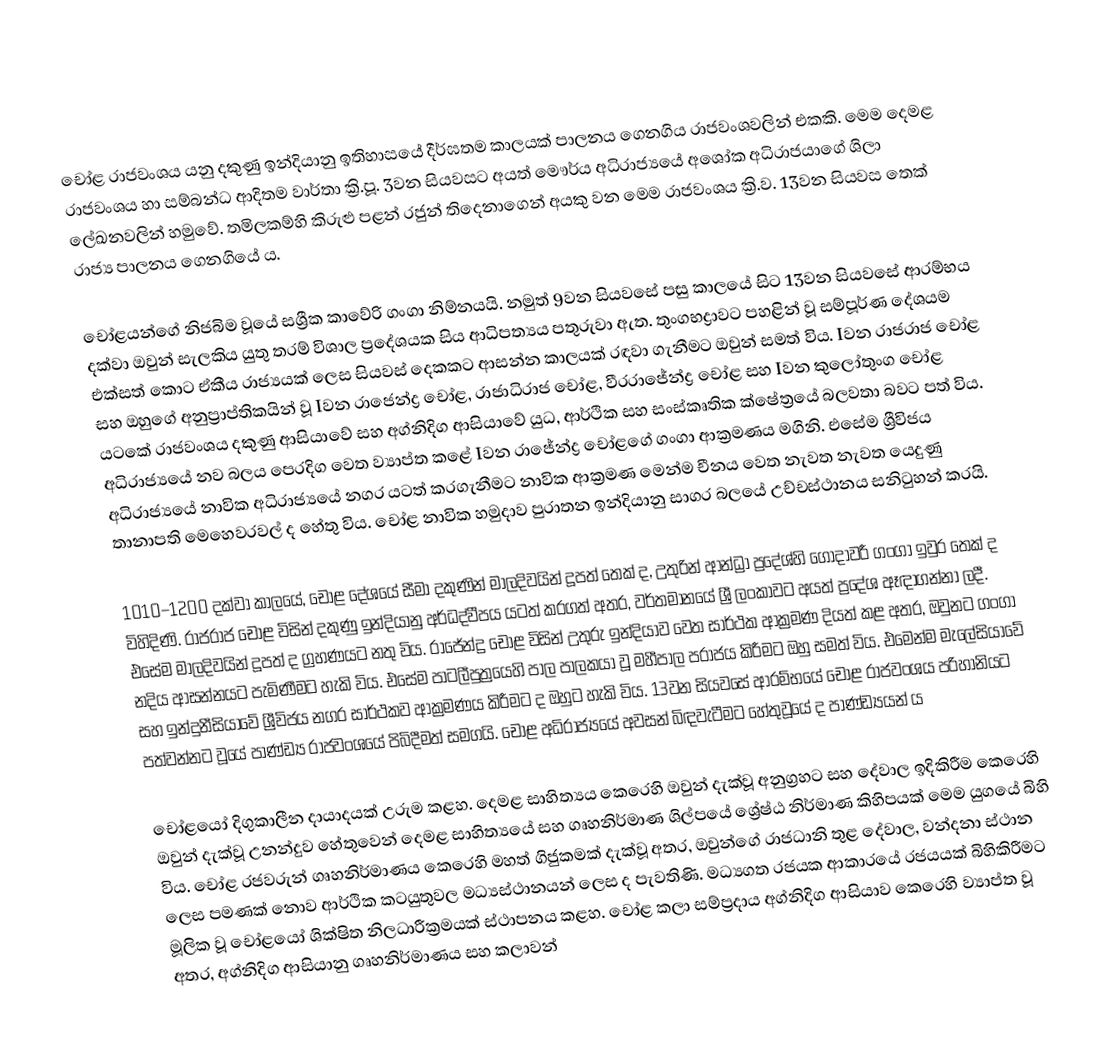
චෝළ රාජවංශය යනු දකුණු ඉන්දියානු ඉතිහාසයේ දීර්ඝතම කාලයක් පාලනය ගෙනගිය රාජවංශවලින් එකකි. මෙම දෙමළ රාජවංශය හා සම්බන්ධ ආදිතම වාර්තා ක්‍රි.පූ. 3වන සියවසට අයත් මෞර්ය අධිරාජ්‍යයේ අශෝක අධිරාජයාගේ ශිලා ලේඛනවලින් හමුවේ. තමිලකම්හි කිරුළු පළන් රජුන් තිදෙනාගෙන් අයකු වන මෙම රාජවංශය ක්‍රි.ව. 13වන සියවස තෙක් රාජ්‍ය පාලනය ගෙනගියේ ය.

චෝළයන්ගේ නිජබිම වූයේ සශ්‍රීක කාවේරි ගංගා නිම්නයයි. නමුත් 9වන සියවසේ පසු කාලයේ සිට 13වන සියවසේ ආරම්භය දක්වා ඔවුන් සැලකිය යුතු තරම් විශාල ප්‍රදේශයක සිය ආධිපත්‍යය පතුරුවා ඇත. තුංගභද්‍රාවට පහළින් වූ සම්පූර්ණ දේශයම එක්සත් කොට ඒකීය රාජ්‍යයක් ලෙස සියවස් දෙකකට ආසන්න කාලයක් රඳවා ගැනීමට ඔවුන් සමත් විය. Iවන රාජරාජ චෝළ සහ ඔහුගේ අනුප්‍රාප්තිකයින් වූ Iවන රාජෙන්ද්‍ර චෝළ, රාජාධිරාජ චෝළ, වීරරාජේන්ද්‍ර චෝළ සහ Iවන කුලෝතුංග චෝළ යටකේ රාජවංශය දකුණු ආසියාවේ සහ අග්නිදිග ආසියාවේ යුධ, ආර්ථික සහ සංස්කෘතික ක්ෂේත්‍රයේ බලවතා බවට පත් විය. අධිරාජ්‍යයේ නව බලය පෙරදිග වෙත ව්‍යාප්ත කළේ Iවන රාජේන්ද්‍ර චෝළගේ ගංගා ආක්‍රමණය මගිනි. එසේම ශ්‍රීවිජය අධිරාජ්‍යයේ නාවික අධිරාජ්‍යයේ නගර යටත් කරගැනීමට නාවික ආක්‍රමණ මෙන්ම චීනය වෙත නැවත නැවත යෙදුණු තානාපති මෙහෙවරවල් ද හේතු විය. චෝළ නාවික හමුදාව පුරාතන ඉන්දියානු සාගර බලයේ උච්චස්ථානය සනිටුහන් කරයි.

1010–1200 දක්වා කාලයේ, චෝළ දේශයේ සීමා දකුණින් මාලදිවයින් දූපත් තෙක් ද, උතුරින් ආන්ධ්‍රා ප්‍රදේශ්හි ගෝදාවරී ගංගා ඉවුර තෙක් ද විහිදිණි. රාජරාජ චෝළ විසින් දකුණු ඉන්දියානු අර්ධද්වීපය යටත් කරගත් අතර, වර්තමානයේ ශ්‍රී ලංකාවට අයත් ප්‍රදේශ ඈඳාගන්නා ලදී. එසේම මාලදිවයින් දූපත් ද ග්‍රහණයට නතු විය. රාජේන්ද්‍ර චෝළ විසින් උතුරු ඉන්දියාව වෙත සාර්ථක ආක්‍රමණ දියත් කළ අතර,  ඔවුනට ගංගා නදිය ආසන්නයට පැමිණීමට හැකි විය. එසේම පාටලීපුත්‍රයෙහි පාල පාලකයා වූ මහීපාල පරාජය කිරීමට ඔහු සමත් විය. එමෙන්ම මැලේසියාවේ සහ ඉන්දුනීසියාවේ ශ්‍රීවිජය නගර සාර්ථකව ආක්‍රමණය කිරීමට ද ඔහුට හැකි විය. 13වන සියවසේ ආරම්භයේ චෝළ රාජවංශය පරිහානියට පත්වන්නට වූයේ පාණ්ඩ්‍ය රාජවංශයේ පිබිදීමත් සමගයි. චෝළ අධිරාජ්‍යයේ අවසන් බිඳවැටීමට හේතුවූයේ ද පාණ්ඩ්‍යයන් ය

චෝළයෝ දිගුකාලීන දායාදයක් උරුම කළහ. දෙමළ සාහිත්‍යය කෙරෙහි ඔවුන් දැක්වූ අනුග්‍රහට සහ දේවාල ඉදිකිරීම කෙරෙහි ඔවුන් දැක්වූ උනන්දුව හේතුවෙන් දෙමළ සාහිත්‍යයේ සහ ගෘහනිර්මාණ ශිල්පයේ ශ්‍රේෂ්ඨ නිර්මාණ කිහිපයක් මෙම යුගයේ බිහි විය. චෝළ රජවරුන් ගෘහනිර්මාණය කෙරෙහි මහත් ගිජුකමක් දැක්වූ අතර, ඔවුන්ගේ රාජධානි තුළ දේවාල, වන්දනා ස්ථාන ලෙස පමණක් නොව ආර්ථික කටයුතුවල මධ්‍යස්ථානයන් ලෙස ද පැවතිණි. මධ්‍යගත රජයක ආකාරයේ රජයයක් බිහිකිරීමට මූලික වූ චෝළයෝ ශික්ෂිත නිලධාරීක්‍රමයක් ස්ථාපනය කළහ‍. චෝළ කලා සම්ප්‍රදාය අග්නිදිග ආසියාව කෙරෙහි ව්‍යාප්ත වූ අතර, අග්නිදිග ආසියානු ගෘහනිර්මාණය සහ කලාවන්